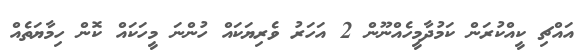
އައްޗި ކީއްކުރަން ކަމުދާމީހެއްނޫން 2 އަހަރު ވެރިޔަކައް ހުންނަ މީހަކައް ކޮން ހިމާޔަތެއް